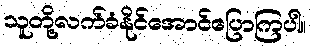
သူတို့လက်ခံနိုင်အောင်ပြောကြပါ။